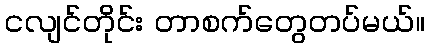
ငလျင်တိုင်း တာစက်တွေတပ်မယ်။